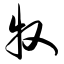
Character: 牧